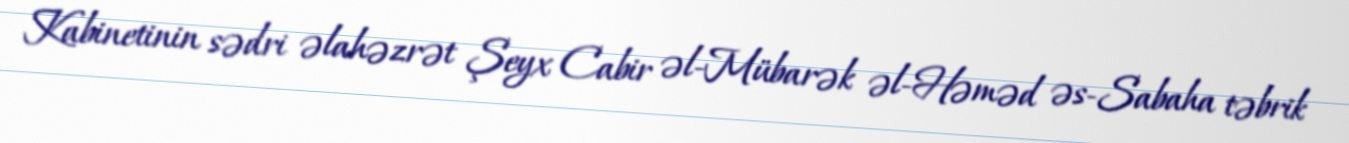
Kabinetinin sədri əlahəzrət Şeyx Cabir əl-Mübarək əl-Həməd əs-Sabaha təbrik